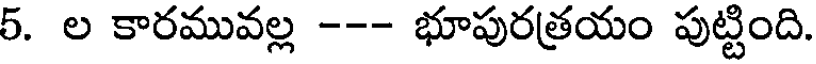
5. ల కారమువల్ల --- భూపురత్రయం పుట్టింది.